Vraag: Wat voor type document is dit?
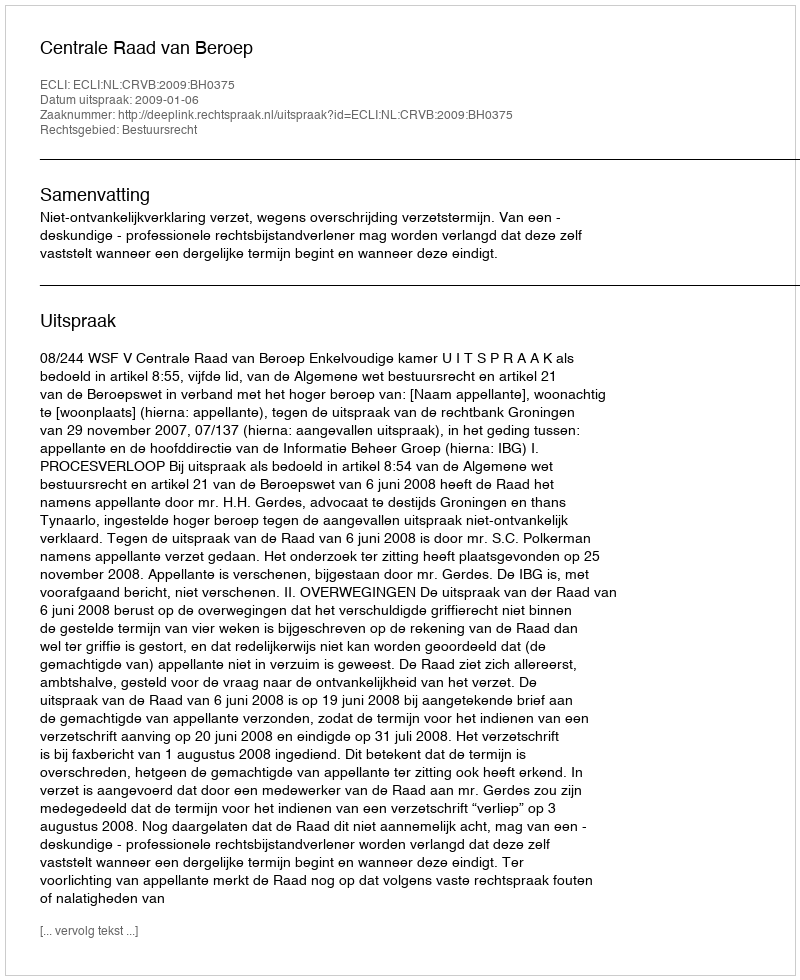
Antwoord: Uitspraak